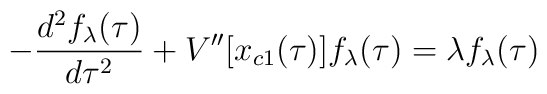
- {{d^2 f_{\lambda}(\tau)} \over {d\tau^2}}  + V^{\prime \prime}[x_{c1}(\tau)] f_{\lambda}(\tau) = \lambda f_{\lambda}(\tau)